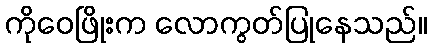
ကိုဝေဖြိုးက လောကွတ်ပြုနေသည်။